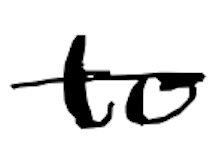
Text: to
Cross-out: single-line
Writing tool: digital_black